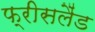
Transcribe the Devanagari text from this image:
फ्रीसलैंड